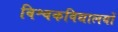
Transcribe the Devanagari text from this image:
विश्वकविद्यालयों